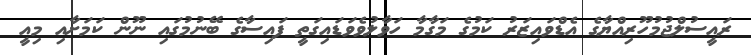
ރައީސުލްޖުމުހޫރިއްޔާގެ އެޑްވައިޒަރު ކަމުގެ މަގާމާ ހަވާލުވެވަޑައިގަތީ ފައިސާގެ ބޭނުމުގައި ނޫން ކަމަށާއި މިއީ